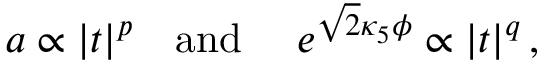
a \propto | t | ^ { p } ~ ~ ~ \mathrm { a n d } ~ ~ ~ ~ e ^ { \sqrt { 2 } \kappa _ { 5 } \phi } \propto | t | ^ { q } \, ,